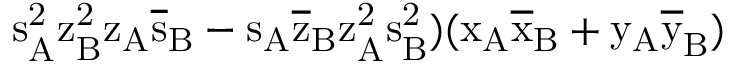
\mathrm { s _ { A } ^ { 2 } \mathrm { z _ { B } ^ { 2 } \mathrm { z _ { A } \mathrm { \overline { { s } } _ { B } - \mathrm { s _ { A } \mathrm { \overline { { z } } _ { B } \mathrm { z _ { A } ^ { 2 } \mathrm { s _ { B } ^ { 2 } ) ( \mathrm { x _ { A } \mathrm { \overline { { x } } _ { B } + \mathrm { y _ { A } \mathrm { \overline { { y } } _ { B } ) } } } } } } } } } } } }